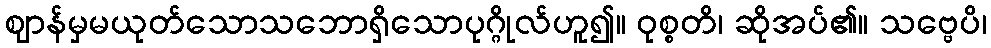
ဈာန်မှမယုတ်သောသဘောရှိသောပုဂ္ဂိုလ်ဟူ၍။ ဝုစ္စတိ၊ ဆိုအပ်၏။ သဗ္ဗေပိ၊